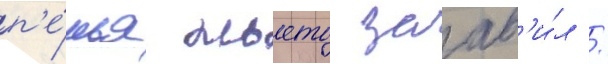
п'е́нья ньето заав'и́л /